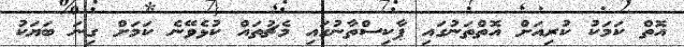
އޮތް ކަމަކު ކުރިއަށް އޮތްތަނުގައި ޕާކިސްތާނުގައި މެޗުތައް ކުޅެވޭނެ ކަަމަށް ގިނަ ބަޔަކު